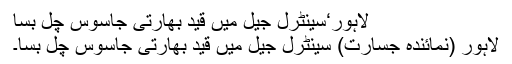
لاہور‘سینٹرل جیل میں قید بھارتی جاسوس چل بسا
لاہور (نمائندہ جسارت) سینٹرل جیل میں قید بھارتی جاسوس چل بسا۔